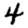
Digit: 4